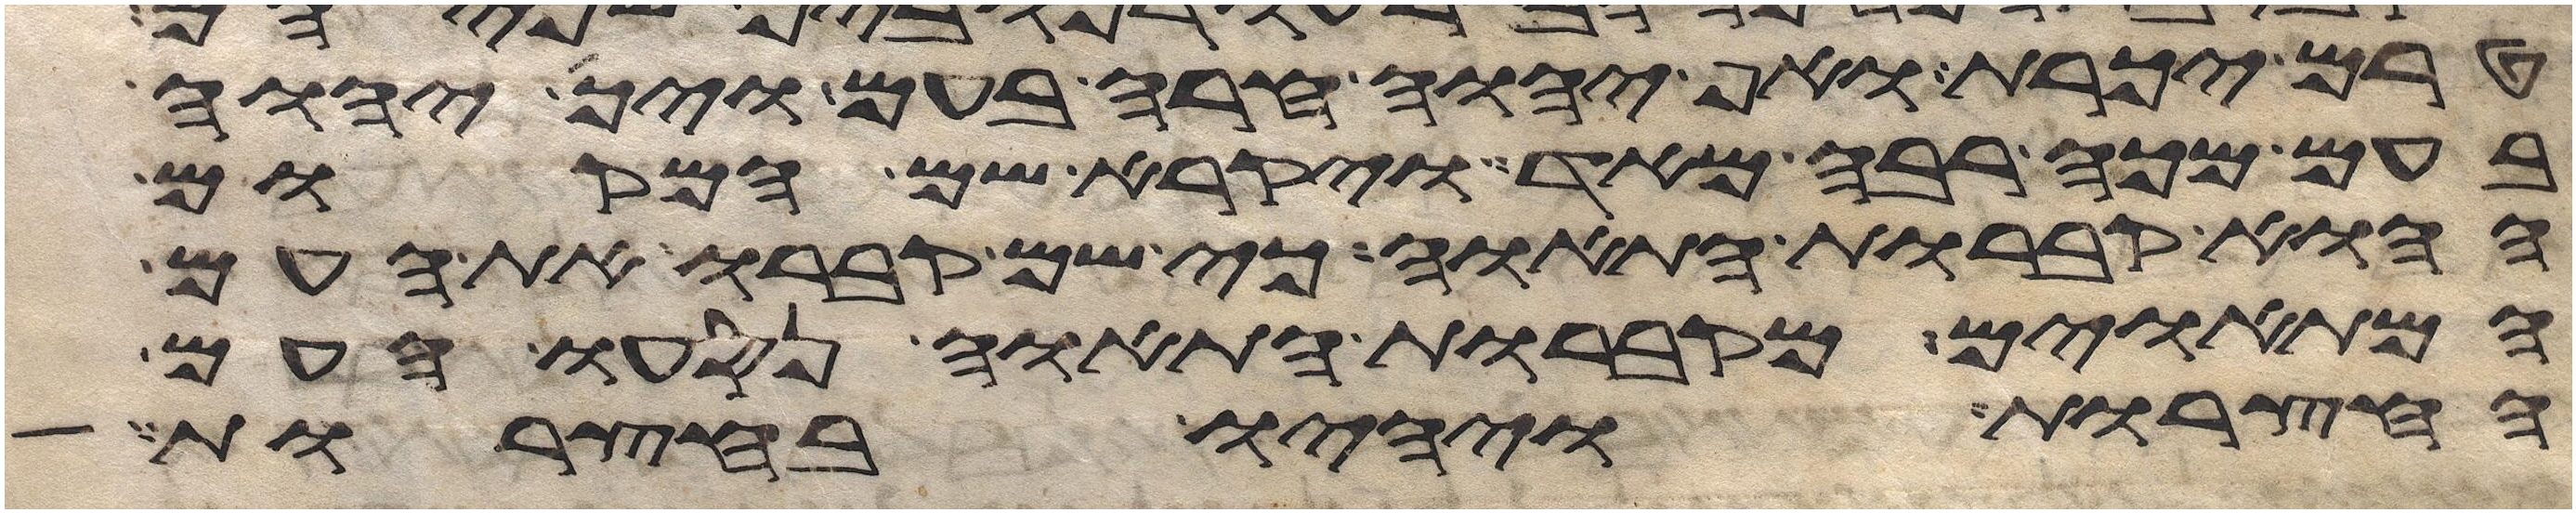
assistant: טרם יכרת ואף יהוה חרה בעם ויך יהוה
בעם מכה רבה מאד ויקרא שם המקום
ההוא קברות התאוה כי שם קברו את העם
המתאוים מקברות התאוה נסעו העם
החצרות ויהיו בחצרות